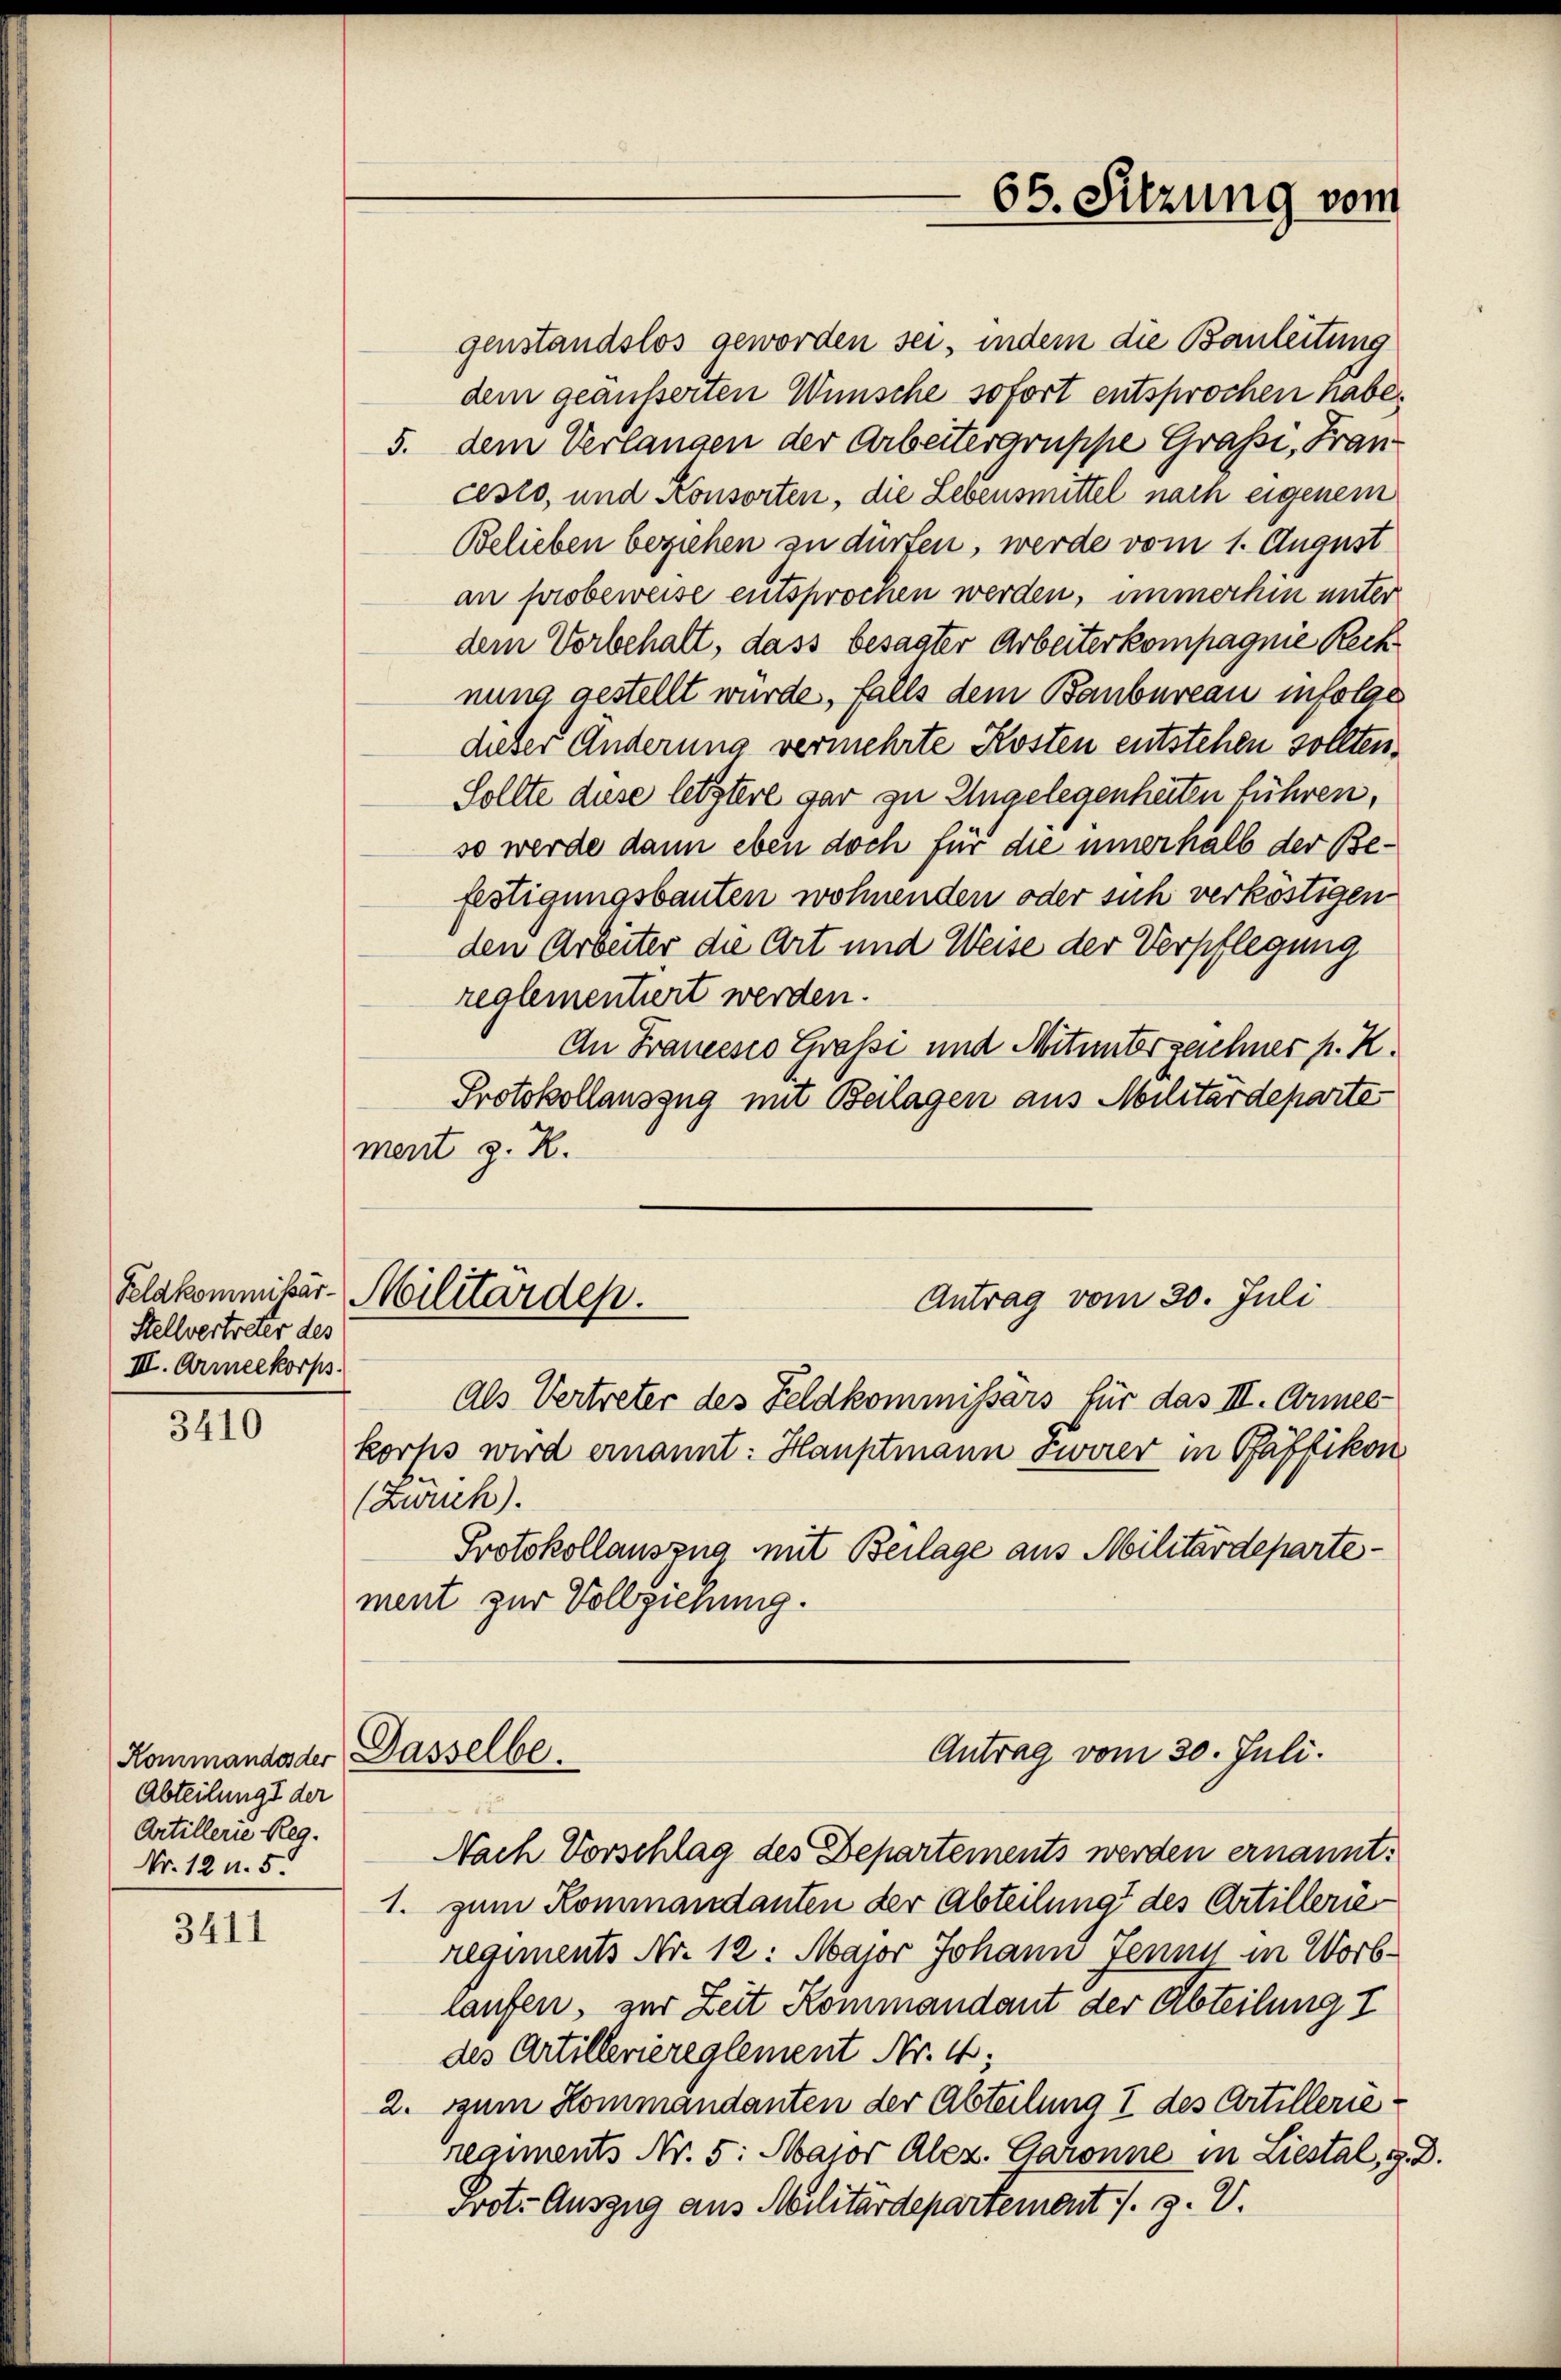
Stellvertreter des
III. Armeekorps.

3410

Kommando der Dasselbe.
Abteilung der
Artillerie Reg.
Nr. 12 n. 5.

3411

genstandslos geworden sei, indem die Bauleitung
dem geäusserten Wünsche sofort entsprochen habe,
5. dem Verlangen der Arbeitergruppe Grafsi, Fran
cesto, und Konsorten, die Lebensmittel nach eigenem
Belieben beziehen zu dürfen, werde vom 1. August
an probeweise entsprochen werden, immerhin unter
dem Vorbehalt, dass besagter Arbeiterkompagnie Rech
nung gestellt wurde, falls dem Baubureau infolge
dieser Änderung vermehrte Kosten entstehen sollten.
Sollte diese letztere gar zu Angelegenheiten führen,
so werde dann eben doch für die innerhalb der Befestigungsbauten wohnenden oder sich verköstigen
den Arbeiter die Art und Weise der Verpflegung
reglementiert werden.
An Francesco Grafsi und Mitunterzeichner p. K.
Protokollauszug mit Beilagen aus Militärdeparte
ment z. R.
Kelakommibär-Militärdep.
Antrag vom 30. Juli
Als Vertreter des Feldkommissars für das III. Armee-
korps wird ernannt: Hauptmann Zwirer in Pfäffikon
(Zwuch).
Protokollauszug mit Beilage aus Militärdepartement zur Vollziehung.

65. Sitzung vom

Antrag vom 30. Juli.

Nach Vorschlag des Departements werden ernannt.
1. zum Kommandanten der Abteilung des Artillerieregiments Nr. 12: Major Johann Jenny in Worblaufen, zur Zeit Kommandant der Abteilung I
des Artilleriereglement Nr. 4;
2. zum Kommandanten der Abteilung I des Artillerieregiments Nr. 5. Major Alez. Garonne in Liestal, 9. D.
Prot. Auszug aus Militärdepartement . 3. V.